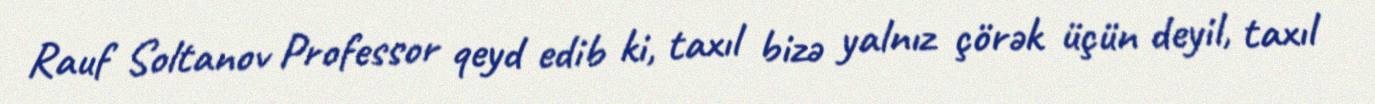
Rauf Soltanov Professor qeyd edib ki, taxıl bizə yalnız çörək üçün deyil, taxıl